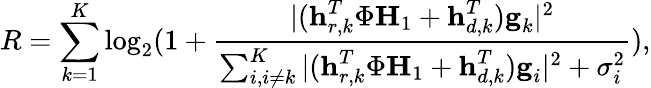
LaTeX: R=\sum_{k=1}^{K}\log_{2}(1+\frac{|(\textbf{h}_{r,k}^{T}\Phi\textbf{H}_{1}+\textbf{h}_{d,k}^{T})\textbf{g}_{k}|^{2}}{\begin{array}{l}{\sum_{i,i\ne k}^{K}|(\textbf{h}_{r,k}^{T}\Phi\textbf{H}_{1}+\textbf{h}_{d,k}^{T})\textbf{g}_{i}|^{2}+\sigma_{i}^{2}}\end{array}}),